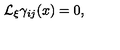
{ \cal L } _ { \xi } \gamma _ { i j } ( x ) = 0 ,